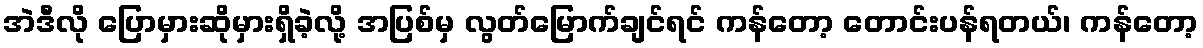
အဲဒီလို ပြောမှားဆိုမှားရှိခဲ့လို့ အပြစ်မှ လွတ်မြောက်ချင်ရင် ကန်တော့ တောင်းပန်ရတယ်၊ ကန်တော့